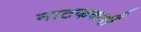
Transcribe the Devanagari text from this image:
नाटककर्मी